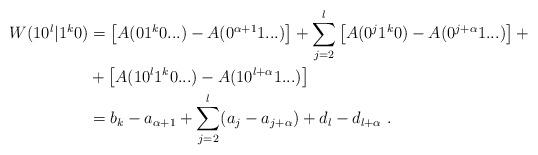
LaTeX: \begin{align*}W( 10^l | 1^k0 ) &= \left[ A(01^k0...) - A(0^{\alpha+1} 1 ...) \right] + \sum_{j=2}^l \left[ A(0^{j}1^k0) - A(0^{j+\alpha}1...) \right] + \\&+ \left[ A(10^l1^k0...) - A(10^{l+\alpha}1...) \right] \\&= b_k - a_{\alpha+1} + \sum_{j=2}^l (a_j - a_{j+\alpha}) + d_l - d_{l+\alpha} \ .\end{align*}